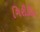
ગિરીડીહ